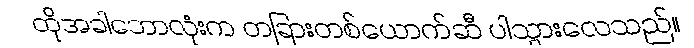
ထိုအခါဘောလုံးက တခြားတစ်ယောက်ဆီ ပါသွားလေသည်။